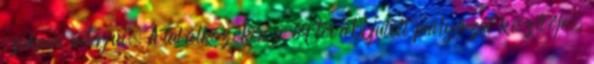
szakmai interjúi. A találkozókon a 69 továbbjutott pályázat készítője,